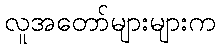
လူအတော်များများက